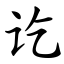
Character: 讫